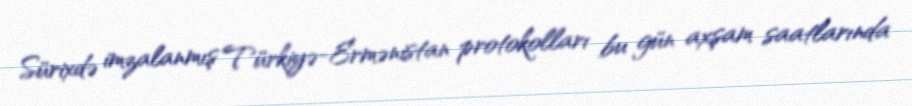
Sürixdə imzalanmış Türkiyə-Ermənistan protokolları bu gün axşam saatlarında